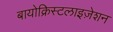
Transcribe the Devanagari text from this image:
बायोक्रिस्टलाइज़ेशन